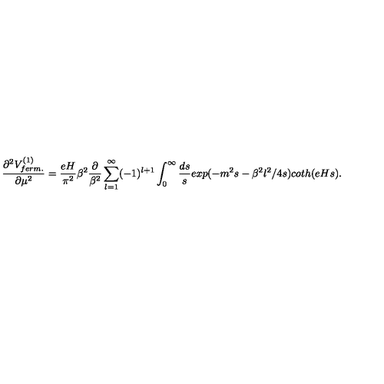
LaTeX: \frac { \partial ^ { 2 } V _ { f e r m . } ^ { ( 1 ) } } { \partial \mu ^ { 2 } } = \frac { e H } { \pi ^ { 2 } } \beta ^ { 2 } \frac { \partial } { \beta ^ { 2 } } \sum _ { l = 1 } ^ { \infty } ( - 1 ) ^ { l + 1 } \int _ { 0 } ^ { \infty } \frac { d s } { s } e x p ( - m ^ { 2 } s - \beta ^ { 2 } l ^ { 2 } / 4 s ) c o t h ( e H s ) .